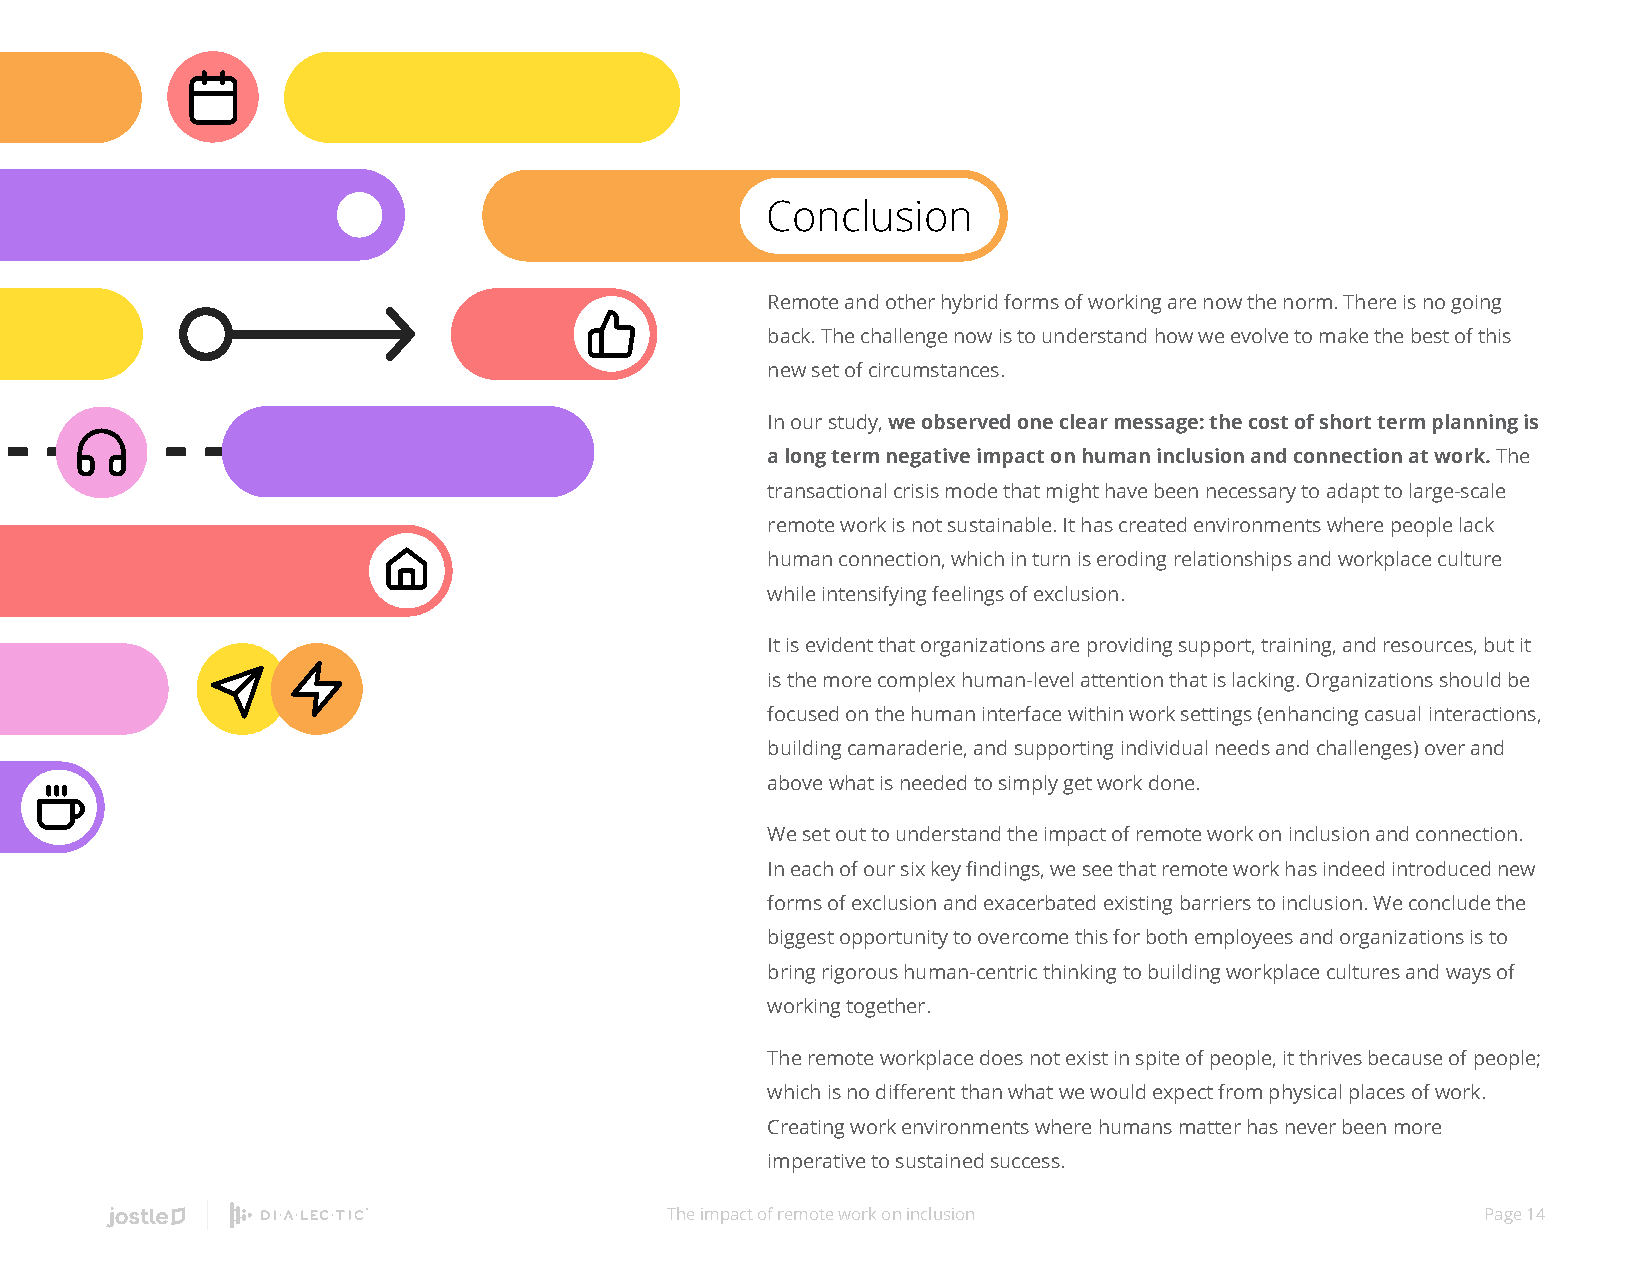
Conclusion
 Remote and other hybrid forms of working are now the norm. There is no going
 back. The challenge now is to understand how we evolve to make the best of this
 new set of circumstances.
 In our study, we observed one clear message: the cost of short term planning is
 a long term negative impact on human inclusion and connection at work. The
 transactional crisis mode that might have been necessary to adapt to large-scale
 remote work is not sustainable. It has created environments where people lack
 human connection, which in turn is eroding relationships and workplace culture
 while intensifying feelings of exclusion.
 It is evident that organizations are providing support, training, and resources, but it
 is the more complex human-level attention that is lacking. Organizations should be
 focused on the human interface within work settings (enhancing casual interactions,
 building camaraderie, and supporting individual needs and challenges) over and
 above what is needed to simply get work done.
 We set out to understand the impact of remote work on inclusion and connection.
 In each of our six key findings, we see that remote work has indeed introduced new
 forms of exclusion and exacerbated existing barriers to inclusion. We conclude the
 biggest opportunity to overcome this for both employees and organizations is to
 bring rigorous human-centric thinking to building workplace cultures and ways of
 working together.
 The remote workplace does not exist in spite of people, it thrives because of people;
 which is no different than what we would expect from physical places of work.
 Creating work environments where humans matter has never been more
 imperative to sustained success.
 The impact of remote work on inclusion                Page 14